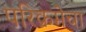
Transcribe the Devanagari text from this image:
परिक्रमेचा